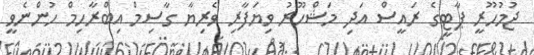
ޖުމުހޫރީ ޕާޓީގެ ރައީސް އަދި މަޝްހޫރު ވިޔަފާރި ވެރިޔާ ގާސިމް އިބްރާހިމް ހުންނެވީ